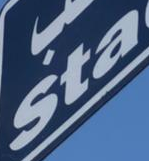
Sta